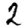
Digit: 2